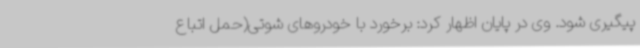
پیگیری شود. وی در پایان اظهار کرد: برخورد با خودروهای شوتی(حمل اتباع